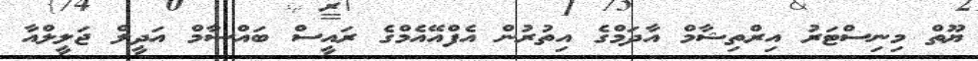
ޔޫތް މިނިސްޓަރު އިރްތިޝާމް އާދަމްގެ އިތުރުން އެފްއޭއެމްގެ ރައީސް ބައްސާމް އަދީލް ޖަލީލްއާ